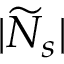
| \widetilde { N } _ { s } |